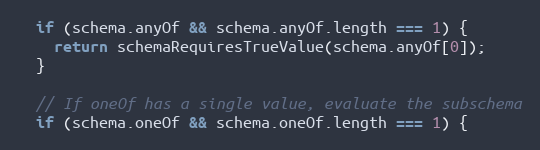
Language: JavaScript
  if (schema.anyOf && schema.anyOf.length === 1) {
    return schemaRequiresTrueValue(schema.anyOf[0]);
  }

  // If oneOf has a single value, evaluate the subschema
  if (schema.oneOf && schema.oneOf.length === 1) {